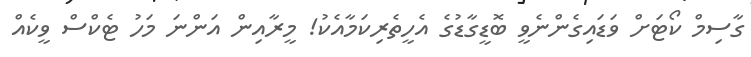
ގާސިމް ކޯޓަށް ވަޑައިގެންނެވީ ބޮޑީގާޑުގެ އެހީތެރިކަމާއެކު! މީރާއިން އަންނަ މަހު ޓެކްސް ވީކެއް